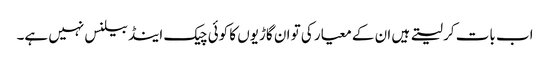
اب بات کر لیتے ہیں ان کے معیار کی تو ان گاڑیوں کا کوئی چیک اینڈ بیلنس نہیں ہے۔